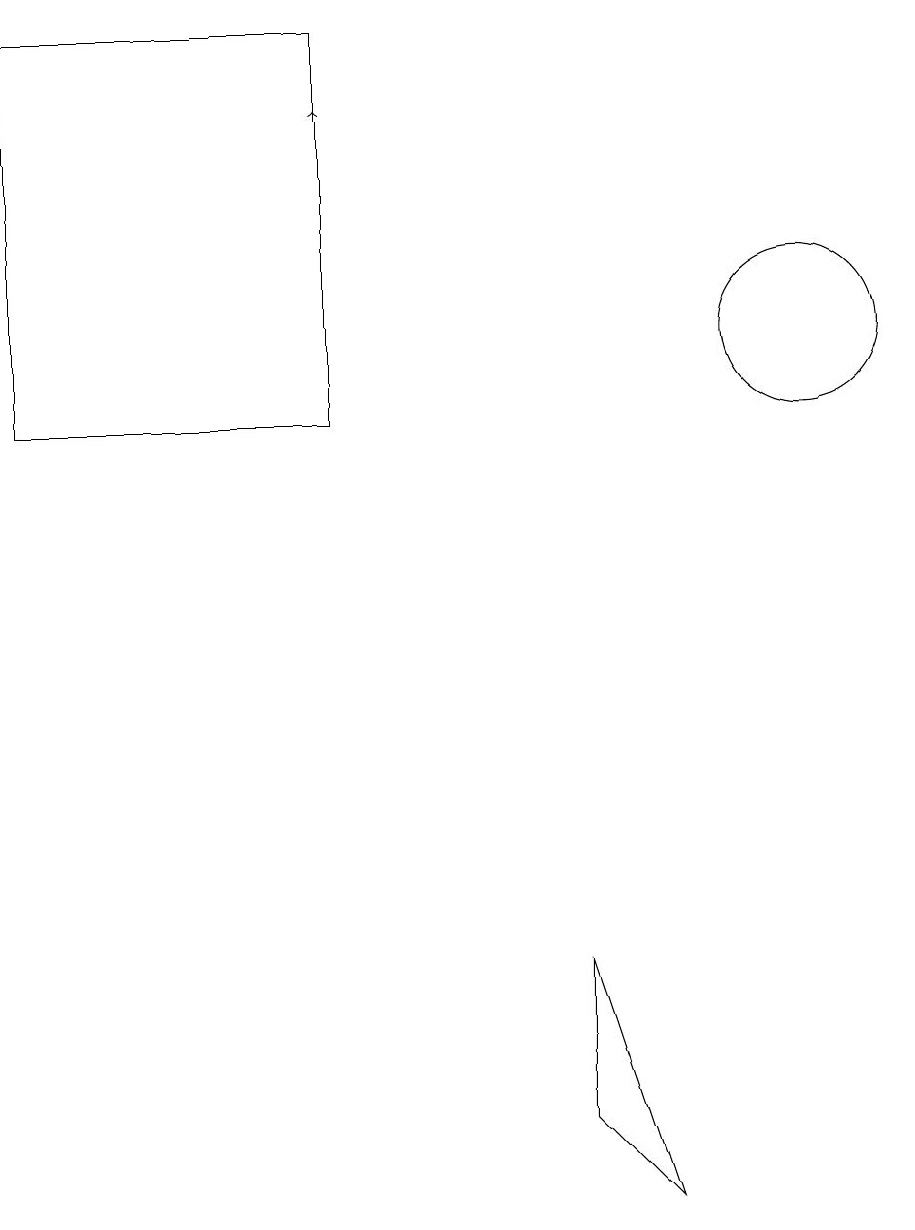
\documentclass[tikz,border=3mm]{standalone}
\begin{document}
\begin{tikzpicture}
\draw[->] (4,14) -- (4,14);
\draw (7,3) -- (7,1) -- (8,0) -- cycle;
\draw (0,10) rectangle (4,15);
\draw (10,11) circle (1);
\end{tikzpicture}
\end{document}